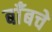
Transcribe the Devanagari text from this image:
बाँबचे